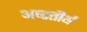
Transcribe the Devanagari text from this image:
अष्‍टतीर्थ